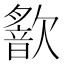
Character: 𣤣